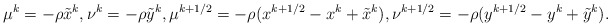
\begin{align*}\mu^{k} = -\rho\tilde x^k, \nu^{k} = -\rho\tilde y^k, \mu^{k+1/2} = -\rho(x^{k+1/2} - x^k + \tilde x^k), \nu^{k+1/2} = -\rho (y^{k+1/2} - y^k + \tilde y^k). \end{align*}